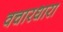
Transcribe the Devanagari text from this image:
वचारधारा